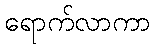
ရောက်လာကာ